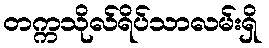
တက္ကသိုလ်ရိပ်သာလမ်းရှိ